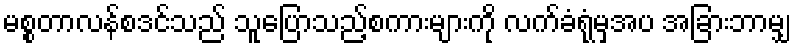
မစ္စတာလန်စဒင်သည် သူပြောသည့်စကားများကို လက်ခံရုံမှအပ အခြားဘာမျှ